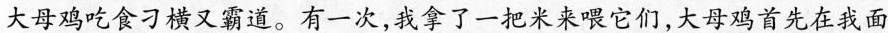
大母鸡吃食刁横又霸道。有一次，我拿了一把米来喂它们，大母鸡首先在我面